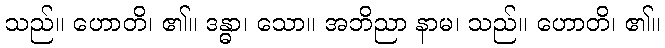
သည်။ ဟောတိ၊ ၏။ ဒန္ဓာ၊ သော။ အဘိညာ နာမ၊ သည်။ ဟောတိ၊ ၏။